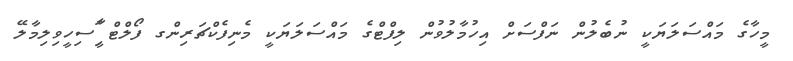
މީހާގެ މައްސަލަޔަކީ ނުބެލުން ނަފްސަށް އިހުމާލުވުން ލިފްޓްގެ މައްސަލަޔަކީ މެނިފެކްޗަރިންގ ފޯލްޓް ާީާީާާީާާަަިަަަަަަަަަަަަަިސިހީވިލިމާލޭ